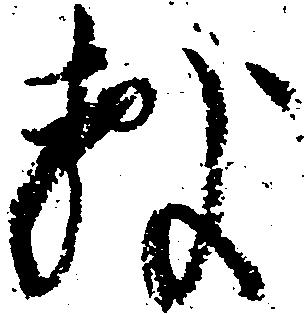
敷